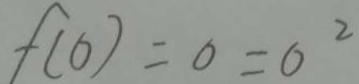
f ( 0 ) = 0 = 0 ^ { 2 }